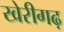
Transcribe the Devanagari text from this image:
खेरीगढ़